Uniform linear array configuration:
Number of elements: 16
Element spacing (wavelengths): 0.75
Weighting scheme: hann
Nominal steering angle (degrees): -30
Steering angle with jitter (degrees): -29.842
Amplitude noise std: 0.05
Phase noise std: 0.05

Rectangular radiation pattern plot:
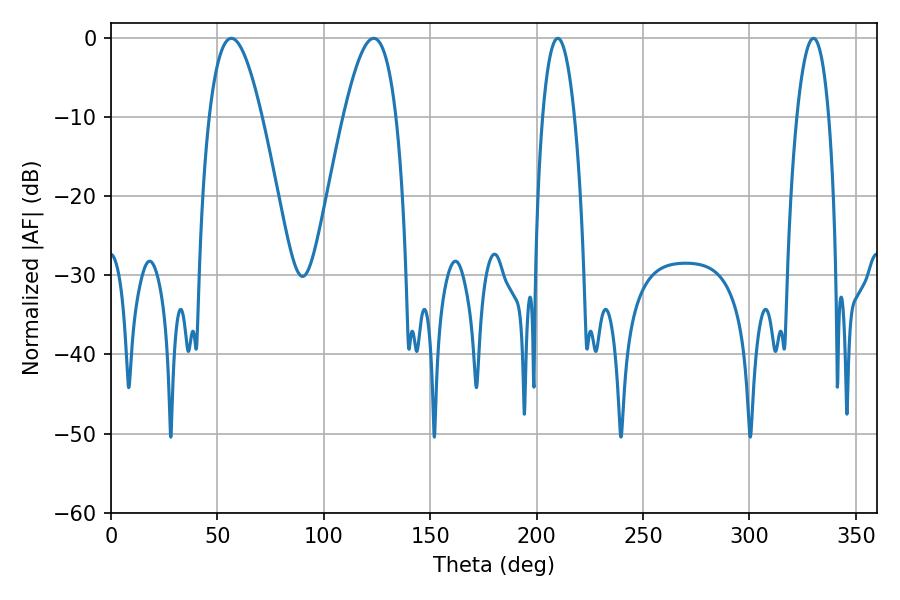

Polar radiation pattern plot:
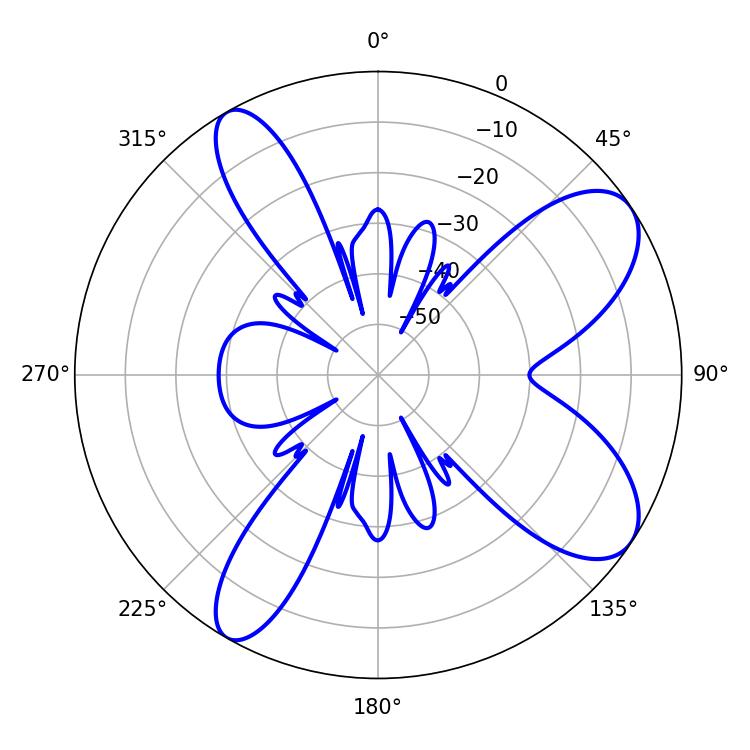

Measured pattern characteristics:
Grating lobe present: TRUE
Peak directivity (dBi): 8.668
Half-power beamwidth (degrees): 13.5
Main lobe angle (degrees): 56.52